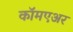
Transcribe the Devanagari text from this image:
कॉमएअर